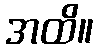
အထိ။